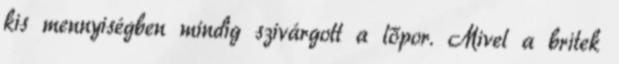
kis mennyiségben mindig szivárgott a lőpor. Mivel a britek